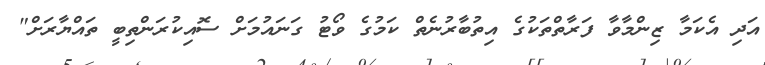
އަދި އެކަމާ ޒިންމާވާ ފަރާތްތަކުގެ އިތުބާރުނެތް ކަމުގެ ވޯޓު ގަނައުމަށް ސޮއިކުރަންތިބީ ތައްޔާރަށް"